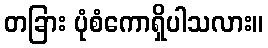
တခြား ပုံစံကောရှိပါသလား။